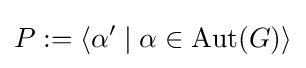
P:=\langle \alpha ^{\prime }\mid \alpha \in \mathrm {Aut} (G)\rangle